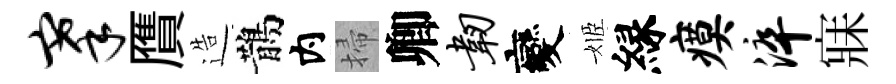
搴贋造鵲内掃卿韧變姬縁瘼淬寐